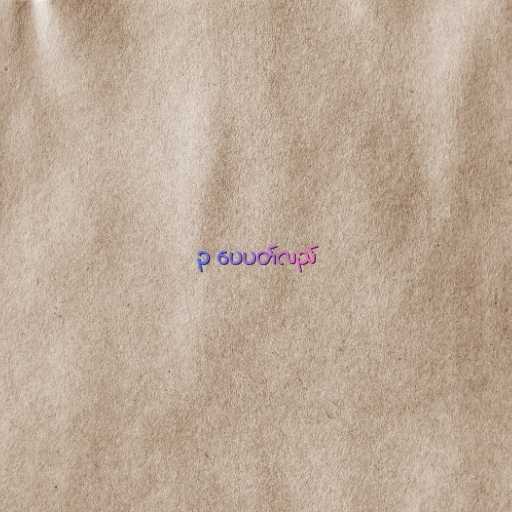
၃ ပေပတ်လည်